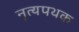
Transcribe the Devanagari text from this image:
नॄत्यपथक